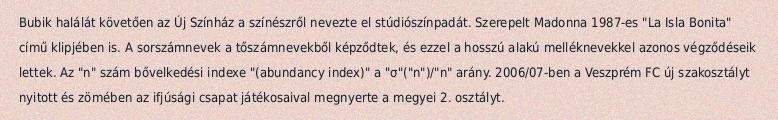
Bubik halálát követően az Új Színház a színészről nevezte el stúdiószínpadát. Szerepelt Madonna 1987-es "La Isla Bonita" című klipjében is. A sorszámnevek a tőszámnevekből képződtek, és ezzel a hosszú alakú melléknevekkel azonos végződéseik lettek. Az "n" szám bővelkedési indexe "(abundancy index)" a "σ"("n")/"n" arány. 2006/07-ben a Veszprém FC új szakosztályt nyitott és zömében az ifjúsági csapat játékosaival megnyerte a megyei 2. osztályt.